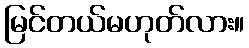
မြင်တယ်မဟုတ်လား။